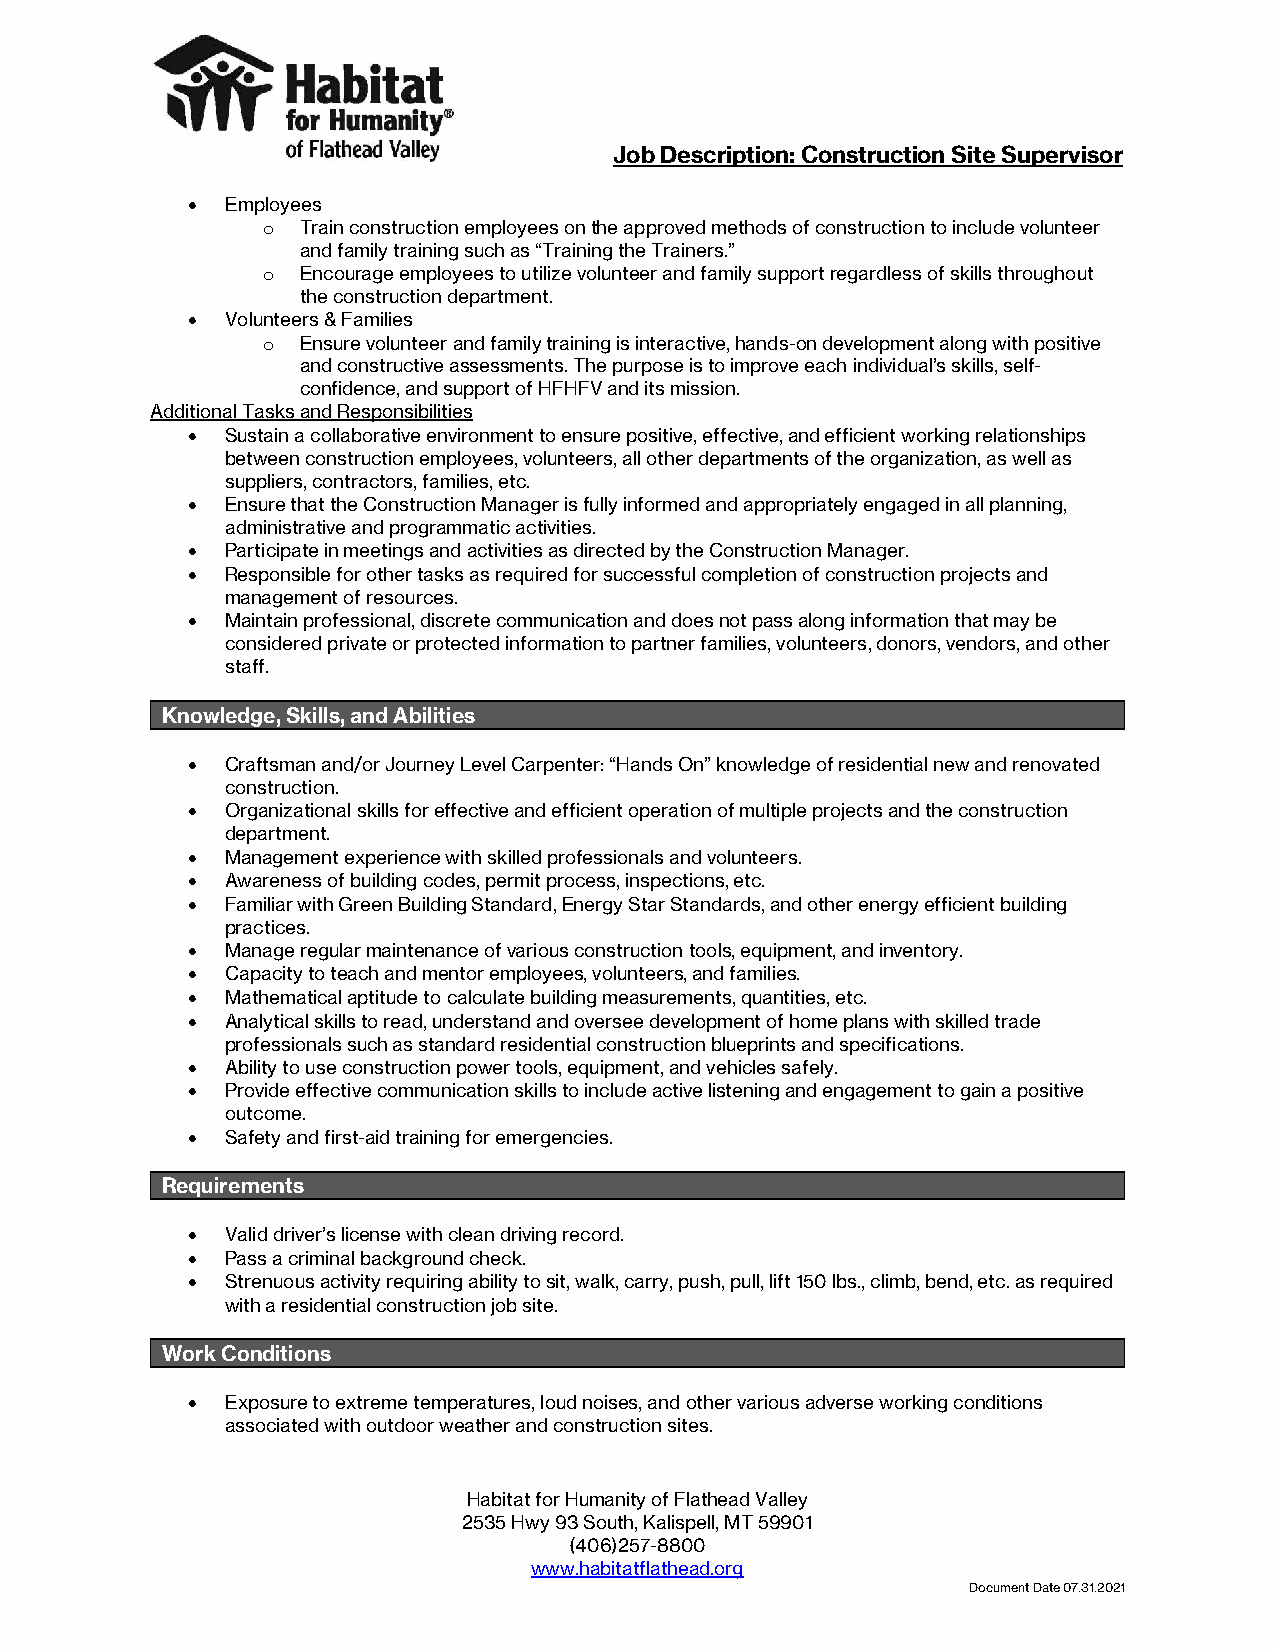
Job Description: Construction Site Supervisor
 •  Employees
 o  Train construction employees on the approved methods of construction to include volunteer
 and family training such as “Training the Trainers.”
 o  Encourage employees to utilize volunteer and family support regardless of skills throughout
 the construction department.
 •  Volunteers & Families
 o  Ensure volunteer and family training is interactive, hands-on development along with positive
 and constructive assessments. The purpose is to improve each individual’s skills, self-
 confidence, and support of HFHFV and its mission.
 Additional Tasks and Responsibilities
 •  Sustain a collaborative environment to ensure positive, effective, and efficient working relationships
 between construction employees, volunteers, all other departments of the organization, as well as
 suppliers, contractors, families, etc.
 •  Ensure that the Construction Manager is fully informed and appropriately engaged in all planning,
 administrative and programmatic activities.
 •  Participate in meetings and activities as directed by the Construction Manager.
 •  Responsible for other tasks as required for successful completion of construction projects and
 management of resources.
 •  Maintain professional, discrete communication and does not pass along information that may be
 considered private or protected information to partner families, volunteers, donors, vendors, and other
 staff.
 Knowledge, Skills, and Abilities
 •  Craftsman and/or Journey Level Carpenter: “Hands On” knowledge of residential new and renovated
 construction.
 •  Organizational skills for effective and efficient operation of multiple projects and the construction
 department.
 •  Management experience with skilled professionals and volunteers.
 •  Awareness of building codes, permit process, inspections, etc.
 •  Familiar with Green Building Standard, Energy Star Standards, and other energy efficient building
 practices.
 •  Manage regular maintenance of various construction tools, equipment, and inventory.
 •  Capacity to teach and mentor employees, volunteers, and families.
 •  Mathematical aptitude to calculate building measurements, quantities, etc.
 •  Analytical skills to read, understand and oversee development of home plans with skilled trade
 professionals such as standard residential construction blueprints and specifications.
 •  Ability to use construction power tools, equipment, and vehicles safely.
 •  Provide effective communication skills to include active listening and engagement to gain a positive
 outcome.
 •  Safety and first-aid training for emergencies.
 Requirements
 •  Valid driver’s license with clean driving record.
 •  Pass a criminal background check.
 •  Strenuous activity requiring ability to sit, walk, carry, push, pull, lift 150 lbs., climb, bend, etc. as required
 with a residential construction job site.
 Work Conditions
 •  Exposure to extreme temperatures, loud noises, and other various adverse working conditions
 associated with outdoor weather and construction sites.
 Habitat for Humanity of Flathead Valley
 2535 Hwy 93 South, Kalispell, MT 59901
 (406)257-8800
 www.habitatflathead.org
 Document Date 07.31.2021